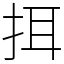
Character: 挕